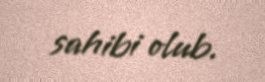
sahibi olub.